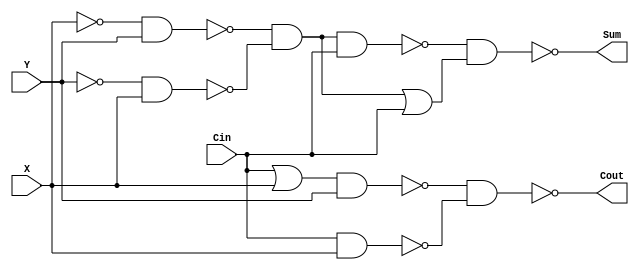

// Generated by Cadence Encounter(R) RTL Compiler RC12.22 - v12.20-s014_1

// Verification Directory fv/FullAdder 

module FullAdder(X, Y, Cin, Cout, Sum);
  input X, Y, Cin;
  output Cout, Sum;
  wire X, Y, Cin;
  wire Cout, Sum;
  wire w, w0, w1, w2, w3, w4, w5, w6;
  wire w7, w8, w9, w10, w11, w12;
  nand g13 (Sum, w6, w12);
  or g12 (w12, w11, Cin);
  and g11 (w11, w8, w10);
  nand g10 (w10, w9, X);
  not g9 (w9, Y);
  nand g8 (w8, w7, Y);
  not g7 (w7, X);
  nand g6 (w6, w3, w5, Cin);
  nand g5 (w5, w4, X);
  not g4 (w4, Y);
  nand g3 (w3, w2, Y);
  not g2 (w2, X);
  nand g63 (Cout, w0, w1);
  nand g1 (w1, Cin, X);
  nand g0 (w0, w, Y);
  or g (w, Cin, X);
endmodule